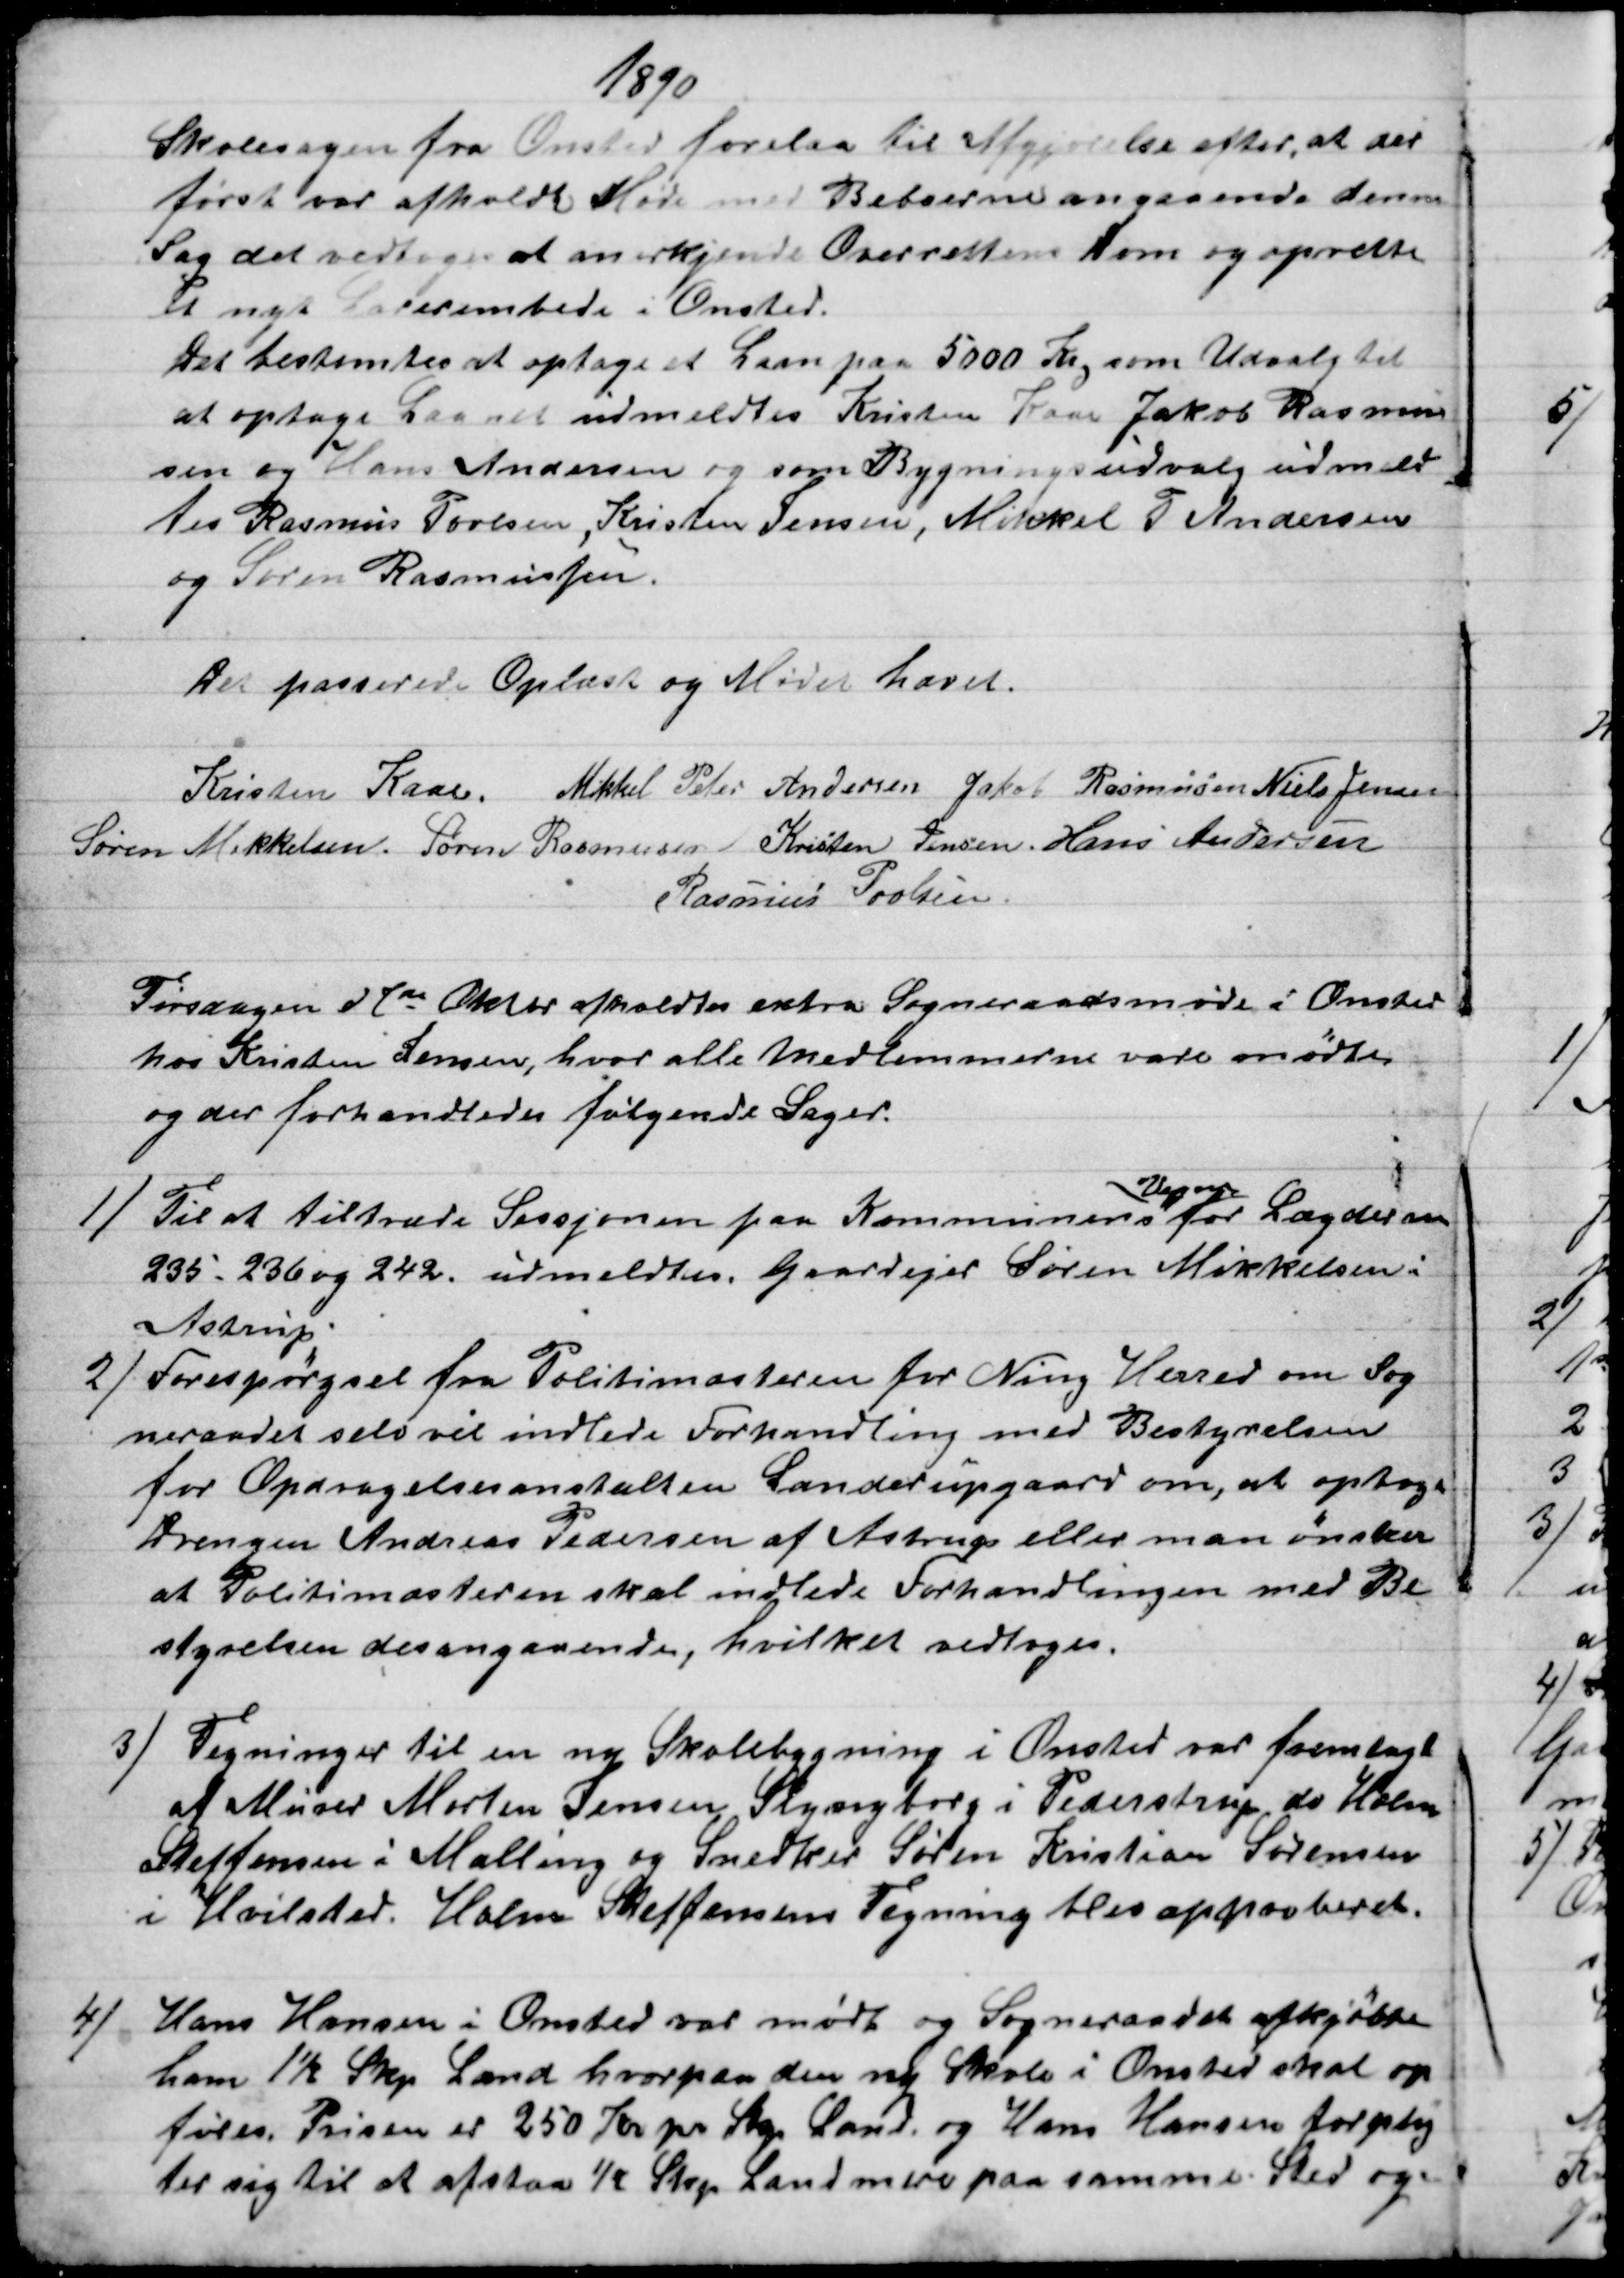
Transskription:
1890
Skolesagen fra Onsted forelaa til Afgjørelse efter, at der
først var afholdt Møde med Beboerne angaaende denne
Sag det vedtoges at anerkjende Overrettens Dom og oprette
et nyt Lærerembede i Onsted.
Det bestemtes at optage et Laan paa 5000 Kr, som Udvalg til
at optage Laanet udmeldtes Kristen Kaae Jakob Rasmus
sen og Hans Andersen og som Bygningsudvalg udmeld
tes Rasmus Povlsen, Kristen Jensen, Mikkel P Andersen
og Søren Rasmussen
Det passerede Oplæst og Mødet hævet.
Kristen Kaae. Mikkel Peter Andersen Jakob Rasmussen Niels Jensen
Søren Mikkelsen. Søren Rasmussen Kristen Jensen. Hans Andersen
Rasmus Povlsen.
Tirsdagen d 7de Oktbr afholdtes extra Sogneraadsmøde i Onsted
hos Kristen Jensen, hvor alle Medlemmerne vare mødtes.
og der forhandledes følgende Sager.
1) 
Til at tiltræde Sessjonen paa Kommunens 
Vegne
for Lægderne
235 - 236 og 242, udmeldtes Gaardejer Søren Mikkelsen i
Astrup.
2)
Forespørgsel fra Politimesteren for Ning Herred om Sog
neraadet selv vil indlede Forhandling med Bestyrelsen
for Opdragelsesanstalten Landerupgaard om, at optage
Drengen Andreas Pedersen af Astrup eller man ønsker
at Politimesteren skal indlede Forhandlingen med Be
styrelsen desangaaende, hvilket vedtoges.
3) 
Tegninger til en ny Skolebygning i Onsted var fremlagt
af Murer Morten Jensen Slyngborg i Pederstrup do Holm
Steffensen i Malling og Snedker Søren Kristian Sørensen
i Hvilsted. Holm Steffensens Tegning blev approberet.
4) 
Hans Hansen i Onsted var mødt og Sogneraadet afkjøbte
ham 1½ Skp. Land hvorpaa den ny Skole i Onsted skal op
føres. Prisen er 250 Kr pr. Skp Land og Hans Hansen forplig
ter sig til at afstaa ½ Skp Land mere paa samme Sted og